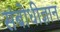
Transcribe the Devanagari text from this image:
संबोधीज्ञान